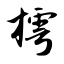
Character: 樗